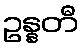
ဥန္နတီ